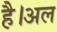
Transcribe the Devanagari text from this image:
है।अल